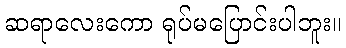
ဆရာလေးကော ရုပ်မပြောင်းပါဘူး။